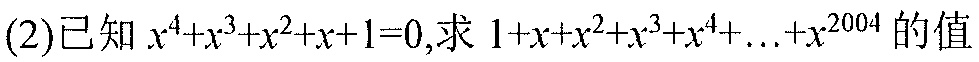
(2)已知\(x^{4}+x^{3}+x^{2}+x + 1 = 0\),求\(1 + x + x^{2}+x^{3}+x^{4}+\ldots+x^{2004}\)的值